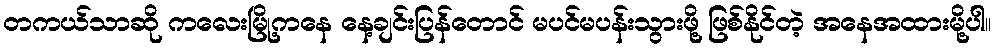
တကယ်သာဆို ကလေးမြို့ကနေ နေ့ချင်းပြန်တောင် မပင်မပန်းသွားဖို့ ဖြစ်နိုင်တဲ့ အနေအထားမို့ပါ။